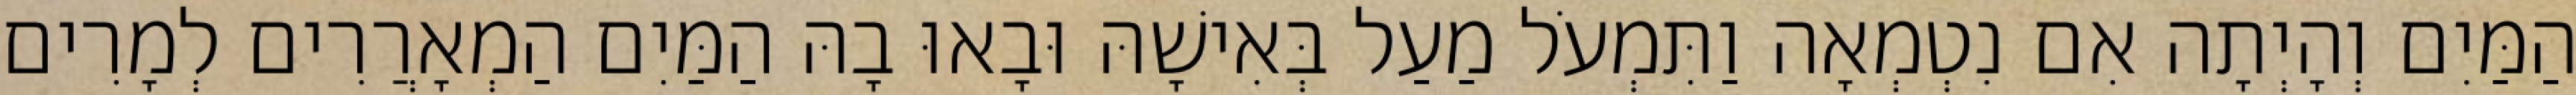
הַמַּיִם וְהָיְתָה אִם נִטְמְאָה וַתִּמְעֹל מַעַל בְּאִישָׁהּ וּבָאוּ בָהּ הַמַּיִם הַמְאָרֲרִים לְמָרִים